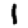
Digit: 1